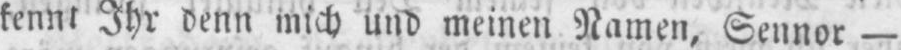
kennt Ihr denn mich und meinen Namen, Sennor -